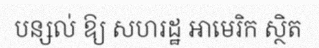
បន្សល់ ឱ្យ សហរដ្ឋ អាមេរិក ស្ថិត